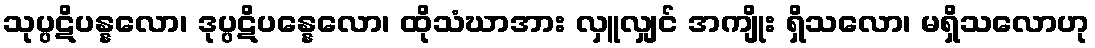
သုပ္ပဋိပန္နလော၊ ဒုပ္ပဋိပန္နေလော၊ ထိုသံဃာအား လှူလျှင် အကျိုး ရှိသလော၊ မရှိသလောဟု